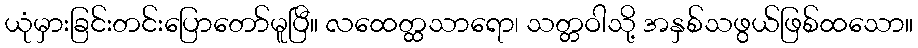
ယုံမှားခြင်းတင်းပြောတော်မူပြီ။ လထေတ္ထသာရော၊ သတ္တဝါသို့ အနှစ်သဖွယ်ဖြစ်ထသော။